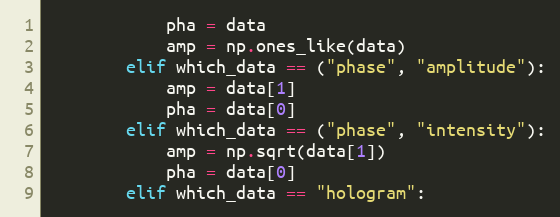
Language: Python
            pha = data
            amp = np.ones_like(data)
        elif which_data == ("phase", "amplitude"):
            amp = data[1]
            pha = data[0]
        elif which_data == ("phase", "intensity"):
            amp = np.sqrt(data[1])
            pha = data[0]
        elif which_data == "hologram":